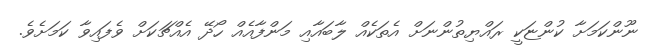
ނޫންކަމަށާ ކުންޏަކީ ރައްޔިތުންނަަށް އެތަކެއް ލާބައާއި މަންފާއެއް ހޯދޭ އެއްޗަކަށް ވެފައިވާ ކަމަށެވެ.